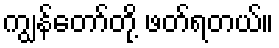
ကျွန်တော်တို့ ဖတ်ရတယ်။